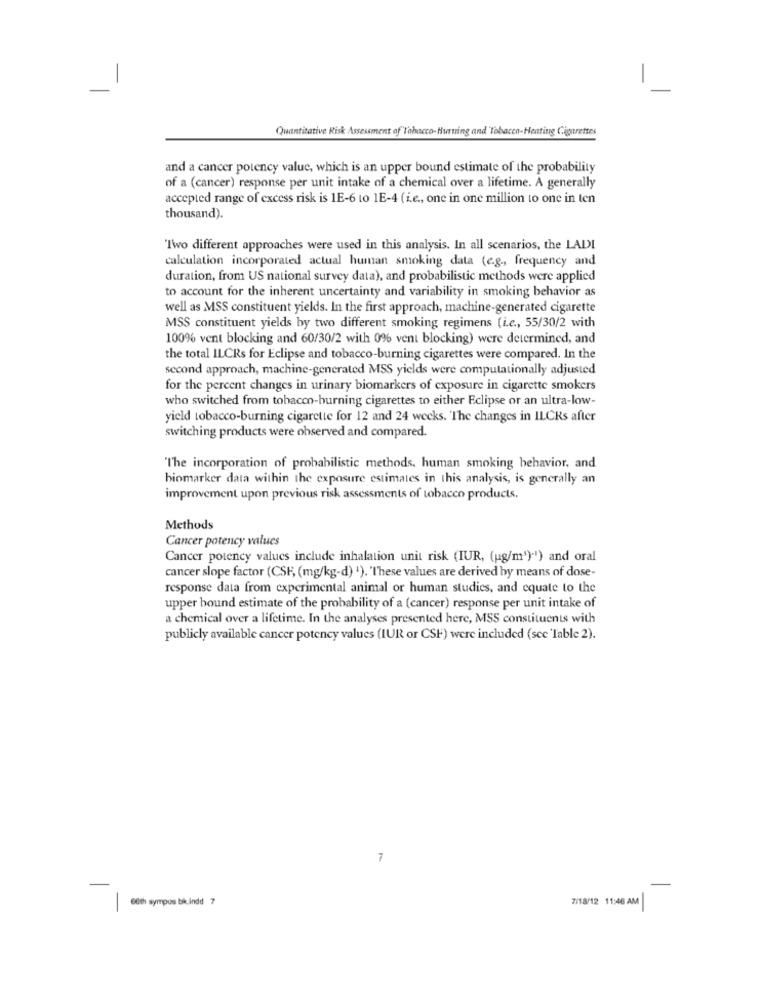
Quantitative Risk Assessment of"Tabacco-Hurting and Tobacco-Heating Cigarettes
and a cancer potency value, which is an upper bound estimate of the probability
of a (cancer) response per unit intake of a chemical over a lifetime. A generally
accepted range of excess risk is 1E-6 to 1E-4 (i.e ., one in one million to one in ten
thousand).
"Two different approaches were used in this analysis. In all scenarios, the LADI
calculation incorporated actual human smoking data (e.g ., frequency and
duration, from US national survey data), and probabilistic methods were applied
to account for the inherent uncertainty and variability in smoking behavior as
well as MSS constituent yields. In the first approach, machine-generated cigarette
MSS constituent yields by two different smoking regimens (i.e ., 55/30/2 with
100% vent blocking and 60/30/2 with 0% vent blocking) were determined, and
the total ILCRs for Eclipse and tobacco-burning cigarettes were compared. In the
second approach, machine-generated MSS yields were computationally adjusted
for the percent changes in urinary biomarkers of exposure in cigarette smokers
who switched from tobacco-burning cigarettes to either Eclipse or an ultra-low-
yield tobacco-burning cigarette for 12 and 24 weeks. The changes in ILCRs after
switching products were observed and compared.
"The incorporation of probabilistic methods, human smoking behavior, and
biomarker data within the exposure estimates in this analysis, is generally an
improvement upon previous risk assessments of tobacco products.
Methods
Cancer potency values
Cancer potency values include inhalation unit risk (IUR, (ug/m').') and oral
cancer slope factor (CSF, (mg/kg-d) 1). 'These values are derived by means of dose-
response data from experimental animal or human studies, and equate to the
upper bound estimate of the probability of a (cancer) response per unit intake of
a chemical over a lifetime. In the analyses presented here, MSS constituents with
publicly available cancer potency values (IUR or CSF) were included (scc 'lable 2).
7
7/18/12 11:46 AM
e6th sympos bikindd 7